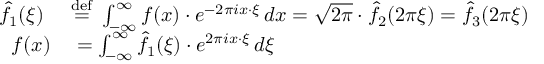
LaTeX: \begin{array} { r l } { { \hat { f } } _ { 1 } ( \xi ) \ } & { { } { \stackrel { \mathrm { d e f } } { = } } \ \int _ { - \infty } ^ { \infty } f ( x ) \cdot e ^ { - 2 \pi i x \cdot \xi } \, d x = { \sqrt { 2 \pi } } \cdot { \hat { f } } _ { 2 } ( 2 \pi \xi ) = { \hat { f } } _ { 3 } ( 2 \pi \xi ) } \\ { f ( x ) } & { { } = \int _ { - \infty } ^ { \infty } { \hat { f } } _ { 1 } ( \xi ) \cdot e ^ { 2 \pi i x \cdot \xi } \, d \xi } \end{array}